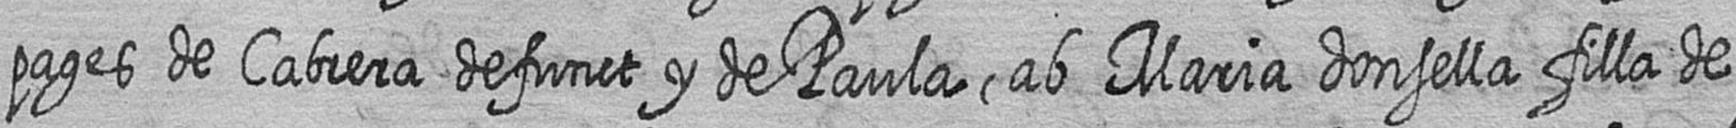
pages de Cabrera defunct y de Paula ab Maria donsella filla de